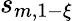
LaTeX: s_{m,1-\xi}